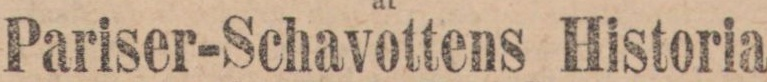
Pariser-Schavottens Historia